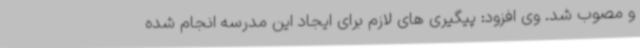
و مصوب شد. وی افزود: پیگیری های لازم برای ایجاد این مدرسه انجام شده